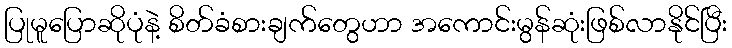
ပြုမူပြောဆိုပုံနဲ့ စိတ်ခံစားချက်တွေဟာ အကောင်းမွန်ဆုံးဖြစ်လာနိုင်ပြီး